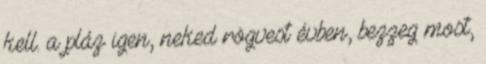
kell. a pláz igen, neked rögvest évben, bezzeg most,